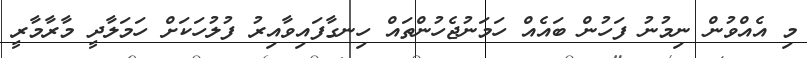
މި އެއްވުން ނިމުނު ފަހުން ބައެއް ހަމަނުޖެހުންތައް ހިނގާފައިވާއިރު ފުލުހަކަށް ހަމަލާދީ މާރާމާރީ